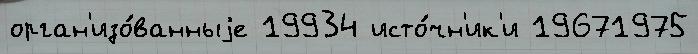
орган'изо́ванныjе 19934 исто́чн'ик'и 19671975